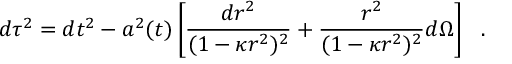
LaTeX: d \tau ^ { 2 } = d t ^ { 2 } - a ^ { 2 } ( t ) \left[ \frac { d r ^ { 2 } } { ( 1 - \kappa r ^ { 2 } ) ^ { 2 } } + \frac { r ^ { 2 } } { ( 1 - \kappa r ^ { 2 } ) ^ { 2 } } d \Omega \right] ~ ~ .